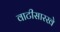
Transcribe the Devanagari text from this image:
वाटीसारखे